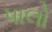
પાલો